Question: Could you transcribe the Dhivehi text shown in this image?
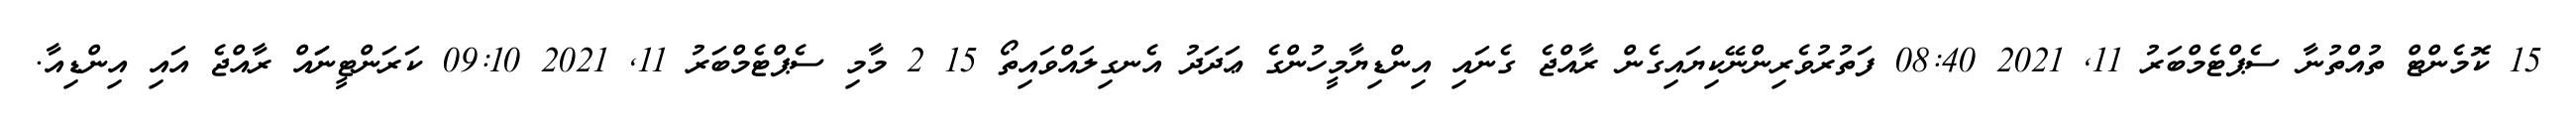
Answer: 15 ކޮމެންޓް ތުއްތުނާ ސެޕްޓެމްބަރު 11, 2021 08:40 ފަތުރުވެރިންނޭކިޔައިގެން ރާއްޖެ ގެނައި އިންޑިޔާމީހުންގެ ޢަދަދު އެނގިލައްވައިތޯ 15 2 މާމި ސެޕްޓެމްބަރު 11, 2021 09:10 ކަރަންޓީނަައް ރާއްޖެ އައި އިންޑިއާ.